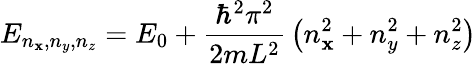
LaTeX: E_{n_{\mathbf{x}},n_{y},n_{z}}=E_{0}+{\frac{{\hbar^{2}\pi^{2}}}{{2mL^{2}}}}\left(n_{\mathbf{x}}^{2}+n_{y}^{2}+n_{z}^{2}\right)